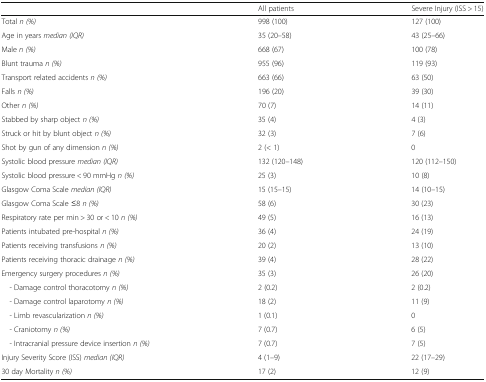
|  | All patients | Severe Injury (ISS > 15) |
 | --- | --- | --- |
 | Total n (%) | 998 (100) | 127 (100) |
 | Age in years median (IQR) | 35 (20–58) | 43 (25–66) |
 | Male n (%) | 668 (67) | 100 (78) |
 | Blunt trauma n (%) | 955 (96) | 119 (93) |
 | Transport related accidents n (%) | 663 (66) | 63 (50) |
 | Falls n (%) | 196 (20) | 39 (30) |
 | Other n (%) | 70 (7) | 14 (11) |
 | Stabbed by sharp object n (%) | 35 (4) | 4 (3) |
 | Struck or hit by blunt object n (%) | 32 (3) | 7 (6) |
 | Shot by gun of any dimension n (%) | 2 (< 1) | 0 |
 | Systolic blood pressure median (IQR) | 132 (120–148) | 120 (112–150) |
 | Systolic blood pressure < 90 mmHg n (%) | 25 (3) | 10 (8) |
 | Glasgow Coma Scale median (IQR) | 15 (15–15) | 14 (10–15) |
 | Glasgow Coma Scale ≤8 n (%) | 58 (6) | 30 (23) |
 | Respiratory rate per min > 30 or < 10 n (%) | 49 (5) | 16 (13) |
 | Patients intubated pre-hospital n (%) | 36 (4) | 24 (19) |
 | Patients receiving transfusions n (%) | 20 (2) | 13 (10) |
 | Patients receiving thoracic drainage n (%) | 39 (4) | 28 (22) |
 | Emergency surgery procedures n (%) | 35 (3) | 26 (20) |
 | - Damage control thoracotomy n (%) | 2 (0.2) | 2 (0.2) |
 | - Damage control laparotomy n (%) | 18 (2) | 11 (9) |
 | - Limb revascularization n (%) | 1 (0.1) | 0 |
 | - Craniotomy n (%) | 7 (0.7) | 6 (5) |
 | - Intracranial pressure device insertion n (%) | 7 (0.7) | 7 (5) |
 | Injury Severity Score (ISS) median (IQR) | 4 (1–9) | 22 (17–29) |
 | 30 day Mortality n (%) | 17 (2) | 12 (9) |